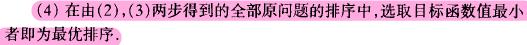
(4) 在由(2),(3)两步得到的全部原问题的排序中,选取目标函数值最小者即为最优排序.